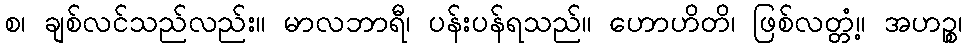
စ၊ ချစ်လင်သည်လည်း။ မာလဘာရီ၊ ပန်းပန်ရသည်။ ဟောဟိတိ၊ ဖြစ်လတ္တံ့။ အဟဉ္စ၊